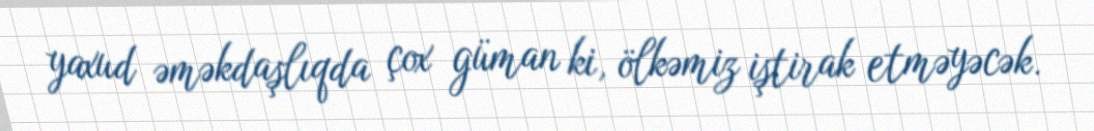
yaxud əməkdaşlıqda çox güman ki, ölkəmiz iştirak etməyəcək.